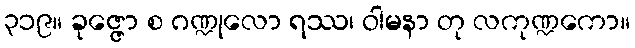
၃၁၉။ ခုဇ္ဇော စ ဂဏ္ဍုလော ရဿ၊ ဝါမနာ တု လကုဏ္ဍကော။